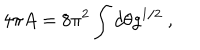
4 \pi A = 8 \pi ^ { 2 } \int d \theta g ^ { 1 / 2 } \ ,